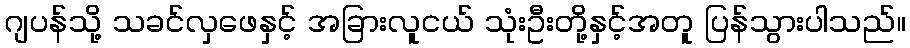
ဂျပန်သို့ သခင်လှဖေနှင့် အခြားလူငယ် သုံးဦးတို့နှင့်အတူ ပြန်သွားပါသည်။